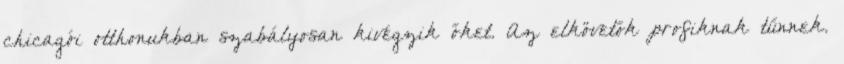
chicagói otthonukban szabályosan kivégzik őket. Az elkövetők profiknak tűnnek.